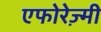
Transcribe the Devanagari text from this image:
एफोरेज़्मी